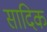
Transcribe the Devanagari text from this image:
सादिक